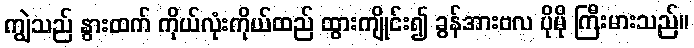
ကျွဲသည် နွားထက် ကိုယ်လုံးကိုယ်ထည် ထွားကျိုင်း၍ ခွန်အားဗလ ပိုမို ကြီးမားသည်။